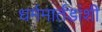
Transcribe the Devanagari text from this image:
धर्ममार्तंडांशी